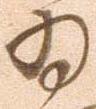
ゐ